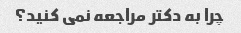
چرا به دکتر مراجعه نمی کنید؟